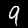
Digit: 9